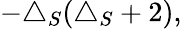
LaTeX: -\triangle_{S}(\triangle_{S}+2),